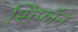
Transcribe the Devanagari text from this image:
सिफॉन